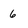
Character: 6